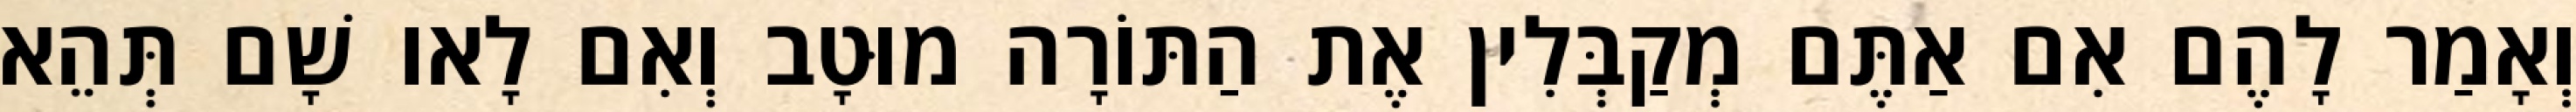
וְאָמַר לָהֶם אִם אַתֶּם מְקַבְּלִין אֶת הַתּוֹרָה מוּטָב וְאִם לָאו שָׁם תְּהֵא